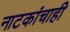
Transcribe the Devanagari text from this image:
नाटकांचाही